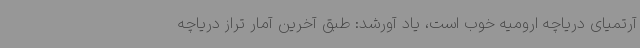
آرتمیای دریاچه ارومیه خوب است، یاد آورشد: طبق آخرین آمار تراز دریاچه